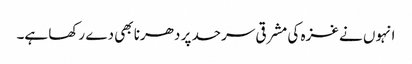
انہوں نے غزہ کی مشرقی سرحد پر دھرنا بھی دے رکھا ہے۔